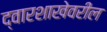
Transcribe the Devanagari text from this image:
द्वारशाखेवरील